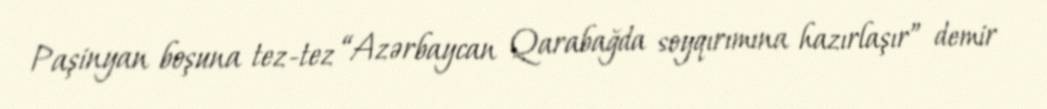
Paşinyan boşuna tez-tez “Azərbaycan Qarabağda soyqırımına hazırlaşır” demir